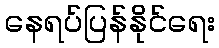
နေရပ်ပြန်နိုင်ရေး